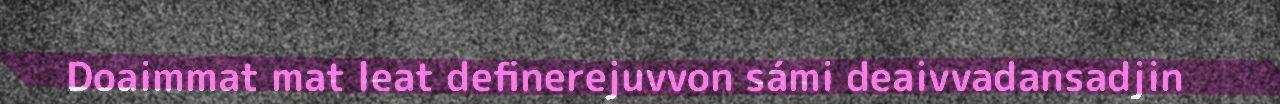
Doaimmat mat leat definerejuvvon sámi deaivvadansadjin